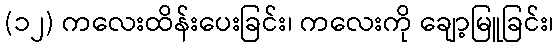
(၁၂) ကလေးထိန်းပေးခြင်း၊ ကလေးကို ချော့မြူခြင်း၊